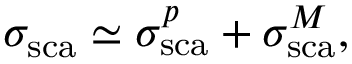
\sigma _ { \mathrm { s c a } } \simeq \sigma _ { \mathrm { s c a } } ^ { p } + \sigma _ { \mathrm { s c a } } ^ { M } ,